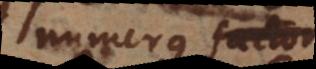
numerus factor